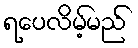
ရပေလိမ့်မည်